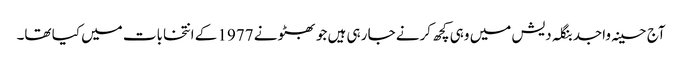
آج حسینہ واجد بنگلہ دیش میں وہی کچھ کرنے جا رہی ہیں جو بھٹو نے 1977 کے انتخابات میں کیا تھا۔